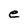
Character: e